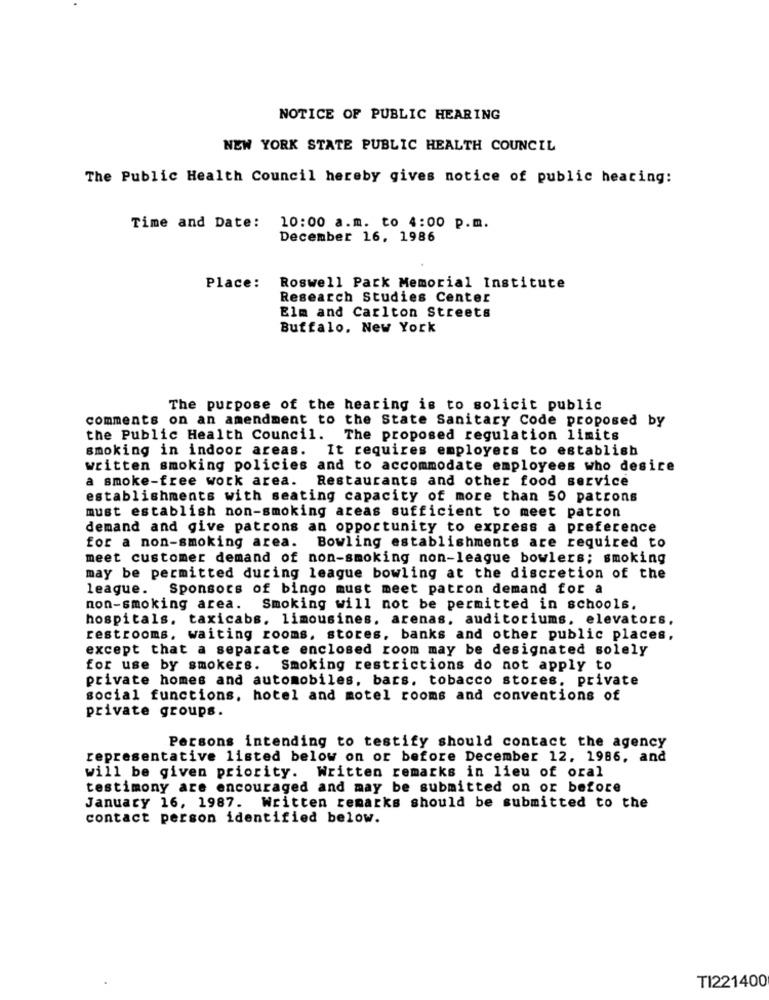
NOTICE OF PUBLIC HEARING
NEW YORK STATE PUBLIC HEALTH COUNCIL
The Public Health Council hereby gives notice of public hearing:
Time and Date:
10:00 a.m. to 4:00 p.m.
December 16, 1986
Place:
Roswell Pack Memorial Institute
Research Studies Center
Elm and Carlton Streets
Buffalo, New York
The purpose of the hearing is to solicit public
comments on an amendment to the State Sanitary Code proposed by
the Public Health Council. The proposed regulation limits
smoking in indoor areas. It requires employers to establish
written smoking policies and to accommodate employees who desice
a smoke-free work area. Restaurants and other food service
establishments with seating capacity of more than 50 patrons
must establish non-smoking areas sufficient to meet patron
demand and give patrons an opportunity to express a preference
for a non-smoking area. Bowling establishments are required to
meet customer demand of non-smoking non-league bowlers; smoking
may be permitted during league bowling at the discretion of the
league. Sponsors of bingo must meet patron demand for a
non-smoking area. Smoking will not be permitted in schools.
hospitals. taxicabs. limousines. arenas, auditoriums, elevators,
restrooms, waiting rooms, stores, banks and other public places,
except that a separate enclosed room may be designated solely
for use by smokers. Smoking restrictions do not apply to
private homes and automobiles, bars, tobacco stores. private
social functions, hotel and motel rooms and conventions of
private groups.
Persons intending to testify should contact the agency
representative listed below on or before December 12. 1986, and
will be given priority. Written remarks in lieu of oral
testimony are encouraged and may be submitted on or before
January 16, 1987.
Written remarks should be submitted to the
contact person identified below.
TI221400